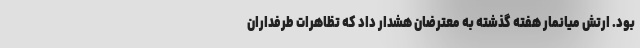
بود. ارتش میانمار هفته گذشته به معترضان هشدار داد كه تظاهرات طرفداران